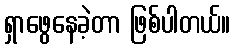
ရှာဖွေနေခဲ့တာ ဖြစ်ပါတယ်။